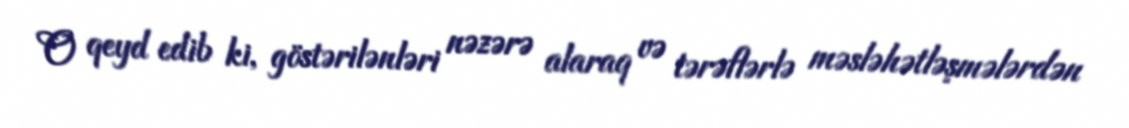
O qeyd edib ki, göstərilənləri nəzərə alaraq və tərəflərlə məsləhətləşmələrdən